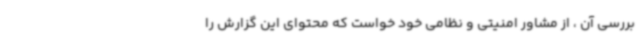
بررسی آن ، از مشاور امنیتی و نظامی خود خواست که محتوای این گزارش را